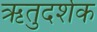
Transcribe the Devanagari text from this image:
ऋतुदर्शक